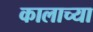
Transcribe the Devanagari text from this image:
कालाच्या